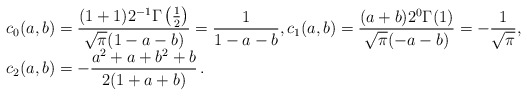
\begin{align*}\begin{array}{l}\displaystyle c_0(a,b)=\frac{(1+1)2^{-1}\Gamma\left(\frac{1}2\right)}{\sqrt\pi(1-a-b)}=\frac1{1-a-b},\displaystyle c_1(a,b)=\frac{(a+b)2^{0\vphantom{A^A}}\Gamma(1)}{\sqrt\pi(-a-b)}=-\frac1{\sqrt\pi},\\\displaystyle c_2(a,b)=-\frac{a^2+a+b^2+b}{2(1+a+b)}\,.\end{array}\end{align*}